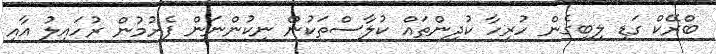
ބްރޭކް ގަޑި ލިބިގެން ހުރިހާ ކުދިންތައް ކުލާސްތަކުން ނިކުންނަން ފެށުމުން ރުހައިލު އާއި